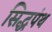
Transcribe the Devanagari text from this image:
सिद्धपंथ